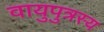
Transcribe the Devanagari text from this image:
वायुपुत्रस्य